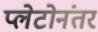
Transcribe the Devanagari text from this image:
प्लेटोनंतर